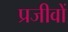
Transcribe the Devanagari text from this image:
प्रजीवों